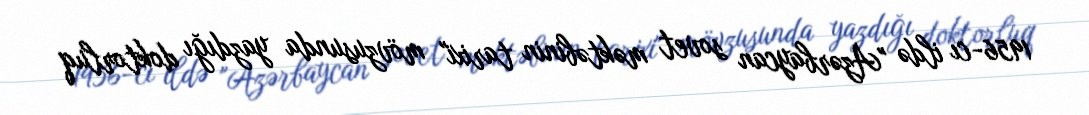
1956-cı ildə "Azərbaycan sovet məktəbinin tarixi" mövzusunda yazdığı doktorluq